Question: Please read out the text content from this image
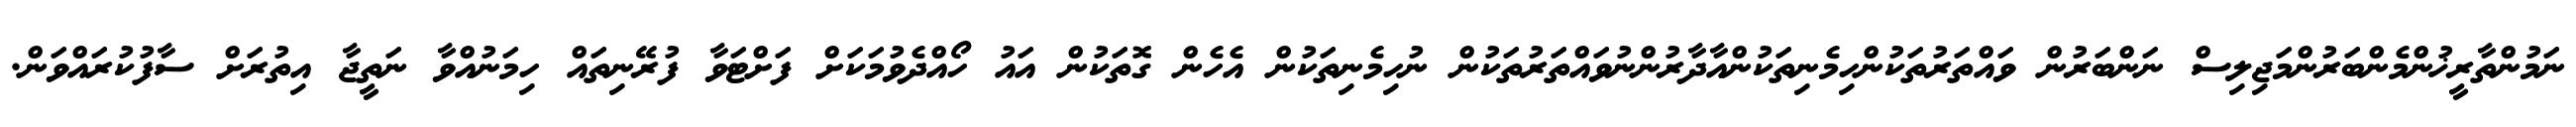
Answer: ނަމުންތާރީޚުންމެންބަރުންމަޖިލިސް ނަންބަރުން ވައްތަރުތަކުންހިމެނިތަކުންއާދާރުންނުވައްތަރުތަކުން ނުހިމެނިތަކުން އެހެން ގޮތަކުން އައު ހޯއްދެވުމަކަށް ފަށްޓަވާ ފުރޭނިތައް ހިމަނުއްވާ ނަތީޖާ އިތުރަށް ސާފުކުރައްވަން.